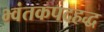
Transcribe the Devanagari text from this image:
भ्वंतकपदहद्ध